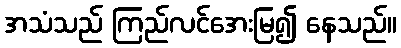
အသံသည် ကြည်လင်အေးမြ၍ နေသည်။